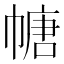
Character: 𫷎